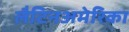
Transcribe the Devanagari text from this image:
लैटिनअमेरिका